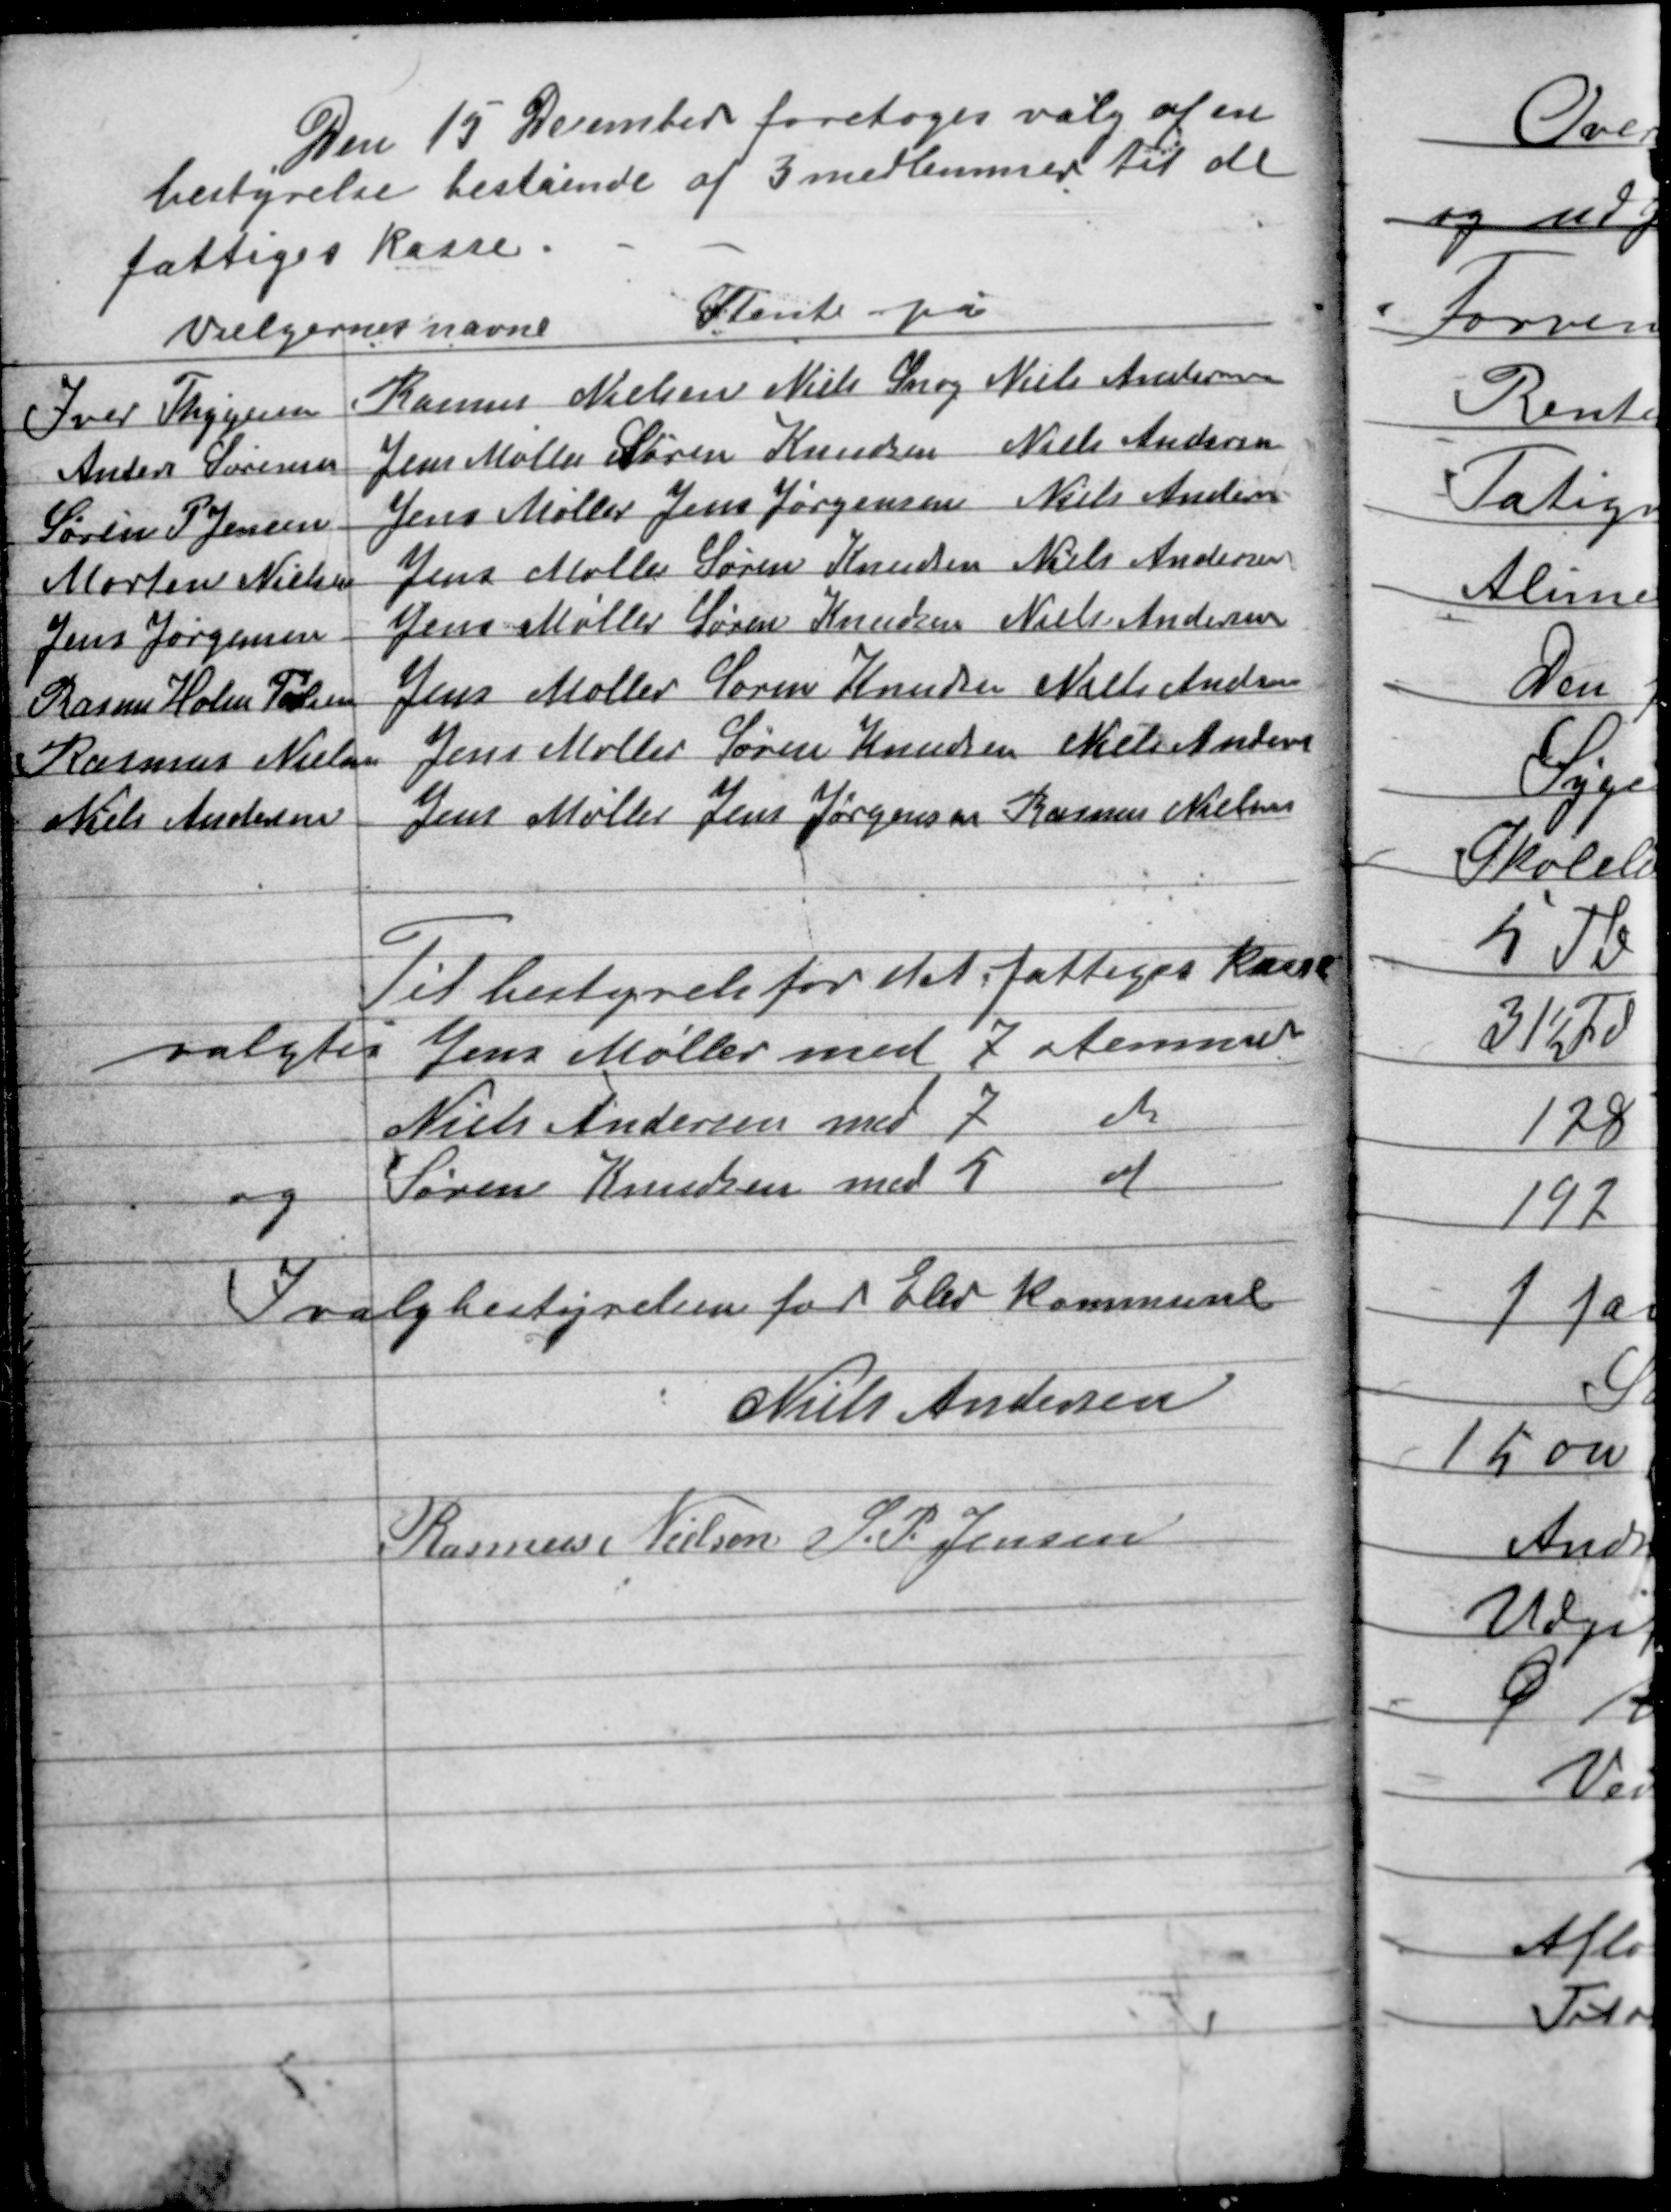
Transskription:
Den 15 December foretoges valg af en
bestyrelse bestående af 3 medlemmer til de
fattiges kasse.

Til bestyrelse for det fattiges kasse
valgtes Jens Møller med 7 stemmer
Niels Andersen med 7 do
og Søren Knudsen med 5 do

I valgbestyrelsen for Elev kommune
Niels Andersen
Rasmus Nielsen S. P. Jensen